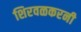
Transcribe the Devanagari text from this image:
शिरवळकरनी